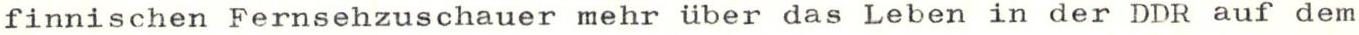
finnischen Fernsehzuschauer mehr über das Leben in der DDR auf dem